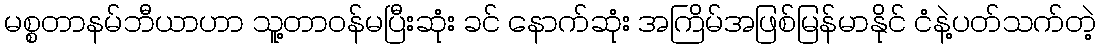
မစ္စတာနမ်ဘီယာဟာ သူ့တာဝန်မပြီးဆုံး ခင် နောက်ဆုံး အကြိမ်အဖြစ်မြန်မာနိုင် ငံနဲ့ပတ်သက်တဲ့